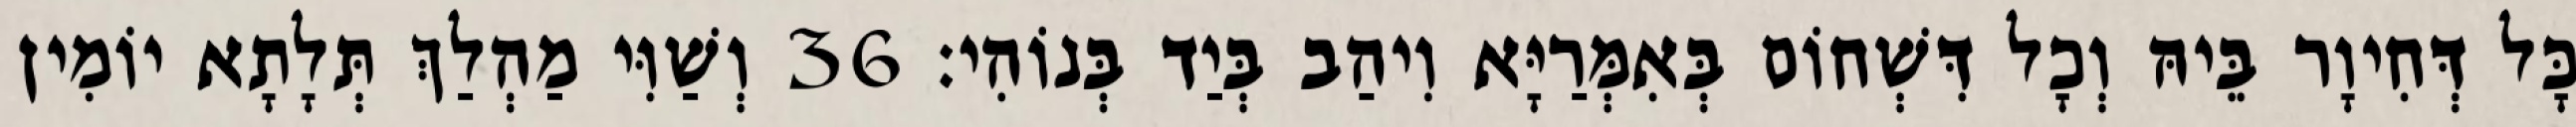
כָּל דְּחִיוָר בֵּיהּ וְכָל דִּשְׁחוֹם בְּאִמְּרַיָּא וִיהַב בְּיַד בְּנוֹהִי׃ 36 וְשַׁוִּי מַהְלַךְ תְּלָתָא יוֹמִין